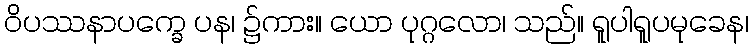
ဝိပဿနာပက္ခေ ပန၊ ၌ကား။ ယော ပုဂ္ဂလော၊ သည်။ ရူပါရူပမုခေန၊